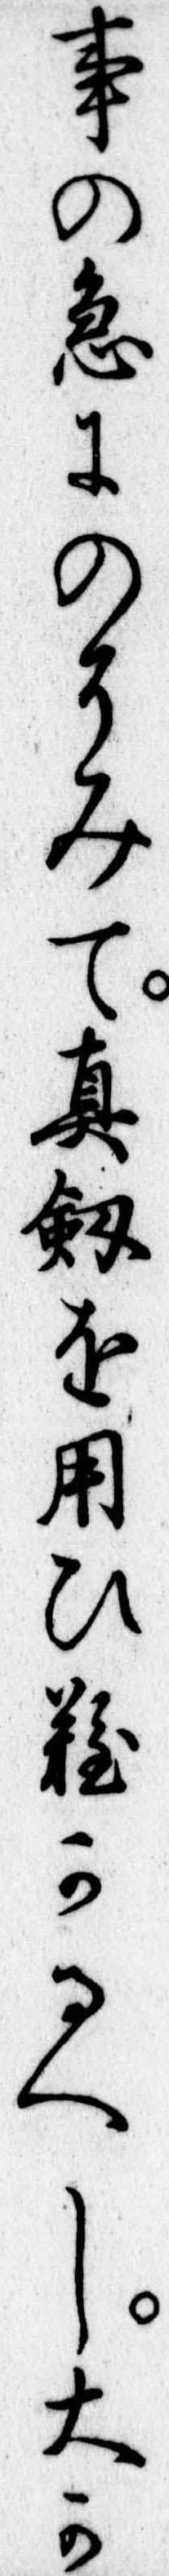
事の急にのそみて真剣を用ひ難かるへし大か